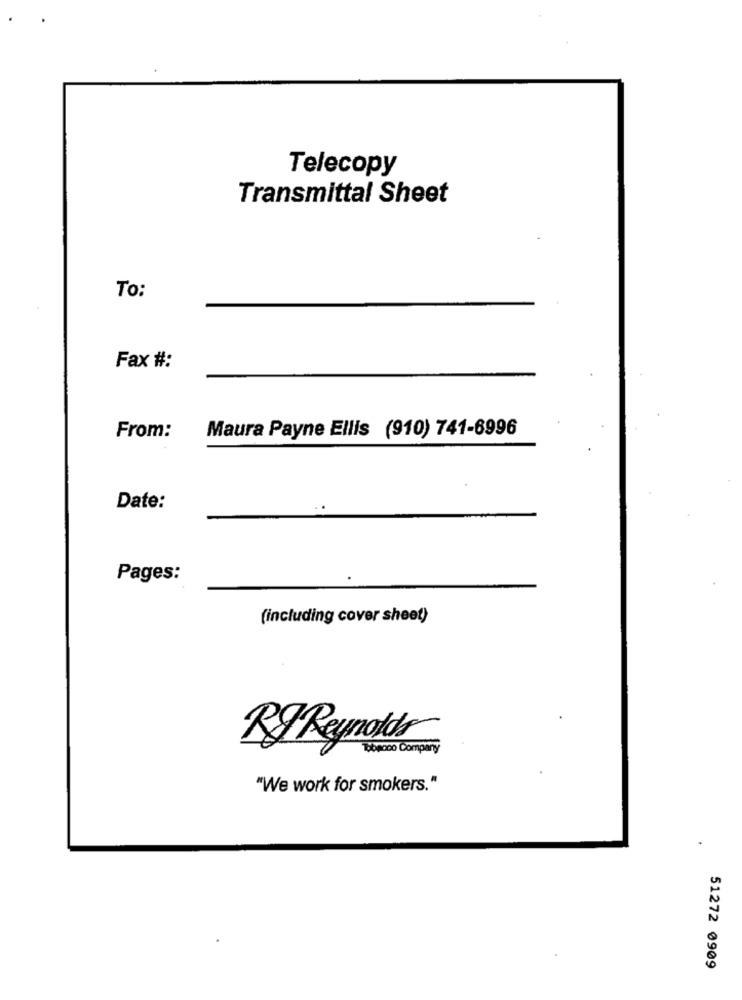
Telecopy
Transmittal Sheet
To:
Fax #:
From:
Maura Payne Ellis (910) 741-6996
Date:
Pages:
(including cover sheet)
Tobacco Company
"We work for smokers."
51272 0909